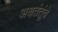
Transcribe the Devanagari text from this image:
अक्षतंतूंचे